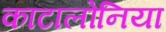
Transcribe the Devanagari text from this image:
काटालोनिया